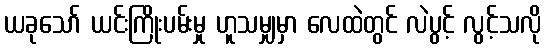
ယခုသော် ယင်းကြိုးပမ်းမှု ဟူသမျှမှာ လေထဲတွင် လဲပွင့် လွင့်သလို